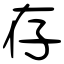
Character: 存